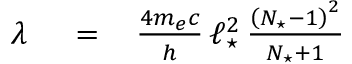
\begin{array} { r l r } { \lambda \, } & { { } = } & { \, \frac { 4 m _ { e } c } { h } \, \ell _ { \star } ^ { 2 } \, \frac { \left( N _ { \star } - 1 \right) ^ { 2 } } { N _ { \star } + 1 } } \end{array}